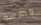
ممارسه